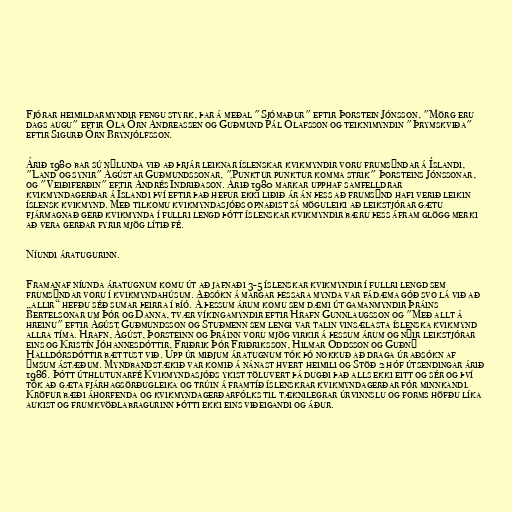
Fjórar heimildarmyndir fengu styrk, þar á meðal "Sjómaður" eftir Þorstein Jónsson, "Mörg eru
dags augu" eftir Óla Örn Andreassen og Guðmund Pál Ólafsson og teiknimyndin "Þrymskviða"
eftir Sigurð Örn Brynjólfsson.

Árið 1980 bar sú nýlunda við að þrjár leiknar íslenskar kvikmyndir voru frumsýndar á Íslandi,
"Land og synir" Ágústar Guðmundssonar, "Punktur punktur komma strik" Þorsteins Jónssonar,
og "Veiðiferðin" eftir Andrés Indriðason. Árið 1980 markar upphaf samfelldrar
kvikmyndagerðar á Íslandi því eftir það hefur ekki liðið ár án þess að frumsýnd hafi verið leikin
íslensk kvikmynd. Með tilkomu kvikmyndasjóðs opnaðist sá möguleiki að leikstjórar gætu
fjármagnað gerð kvikmynda í fullri lengd þótt íslenskar kvikmyndir bæru þess áfram glögg merki
að vera gerðar fyrir mjög lítið fé.

Níundi áratugurinn.

Framanaf níunda áratugnum komu út að jafnaði 3-5 íslenskar kvikmyndir í fullri lengd sem
frumsýndar voru í kvikmyndahúsum. Aðsókn á margar þessara mynda var fádæma góð svo lá við að
„allir“ hefðu séð sumar þeirra í bíó. Á þessum árum komu sem dæmi út gamanmyndir Þráins
Bertelsonar um Þór og Danna, tvær víkingamyndir eftir Hrafn Gunnlaugsson og "Með allt á
hreinu" eftir Ágúst Guðmundsson og Stuðmenn sem lengi var talin vinsælasta íslenska kvikmynd
allra tíma. Hrafn, Ágúst, Þorsteinn og Þráinn voru mjög virkir á þessum árum og nýir leikstjórar
eins og Kristín Jóhannesdóttir, Friðrik Þór Friðriksson, Hilmar Oddsson og Guðný
Halldórsdóttir bættust við. Upp úr miðjum áratugnum tók þó nokkuð að draga úr aðsókn af
ýmsum ástæðum. Myndbandstækið var komið á nánast hvert heimili og Stöð 2 hóf útsendingar árið
1986. Þótt úthlutunarfé Kvikmyndasjóðs ykist töluvert þá dugði það alls ekki eitt og sér og því
tók að gæta fjárhagsörðugleika og trúin á framtíð íslenskrar kvikmyndagerðar fór minnkandi.
Kröfur bæði áhorfenda og kvikmyndagerðarfólks til tæknilegrar úrvinnslu og forms höfðu líka
aukist og frumkvöðlabragurinn þótti ekki eins viðeigandi og áður.